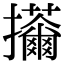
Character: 𢺊